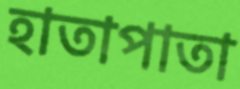
হাতাপাতা